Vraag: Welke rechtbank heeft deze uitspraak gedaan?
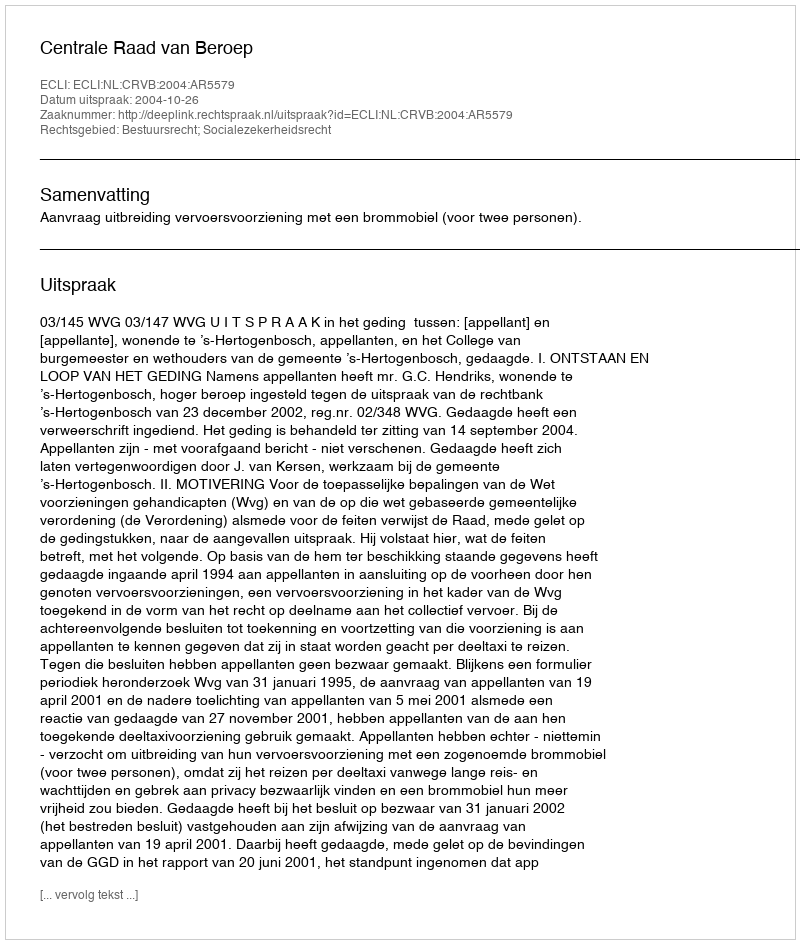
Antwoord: Centrale Raad van Beroep